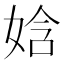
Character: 娢